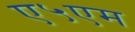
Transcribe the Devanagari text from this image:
ए५एम